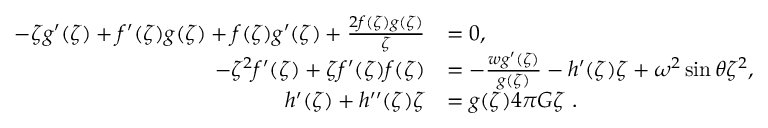
\begin{array} { r l } { - \zeta g ^ { \prime } ( \zeta ) + f ^ { \prime } ( \zeta ) g ( \zeta ) + f ( \zeta ) g ^ { \prime } ( \zeta ) + \frac { 2 f ( \zeta ) g ( \zeta ) } { \zeta } } & { = 0 , } \\ { - \zeta ^ { 2 } f ^ { \prime } ( \zeta ) + \zeta f ^ { \prime } ( \zeta ) f ( \zeta ) } & { = - \frac { w g ^ { \prime } ( \zeta ) } { g ( \zeta ) } - h ^ { \prime } ( \zeta ) \zeta + \omega ^ { 2 } \sin \theta \zeta ^ { 2 } , } \\ { h ^ { \prime } ( \zeta ) + h ^ { \prime \prime } ( \zeta ) \zeta } & { = g ( \zeta ) 4 \pi G \zeta \ . } \end{array}